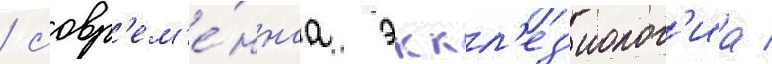
/ совр'ем'е́ннаа эккл'ез'иолог'иа /